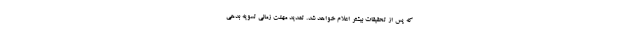
که پس از تحقیقات بیشتر اعلام خواهد شد. تمدید مهلت زمانی تسویه بدهی